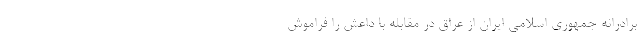
برادرانه جمهوری اسلامی ایران از عراق در مقابله با داعش را فراموش